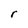
Character: r